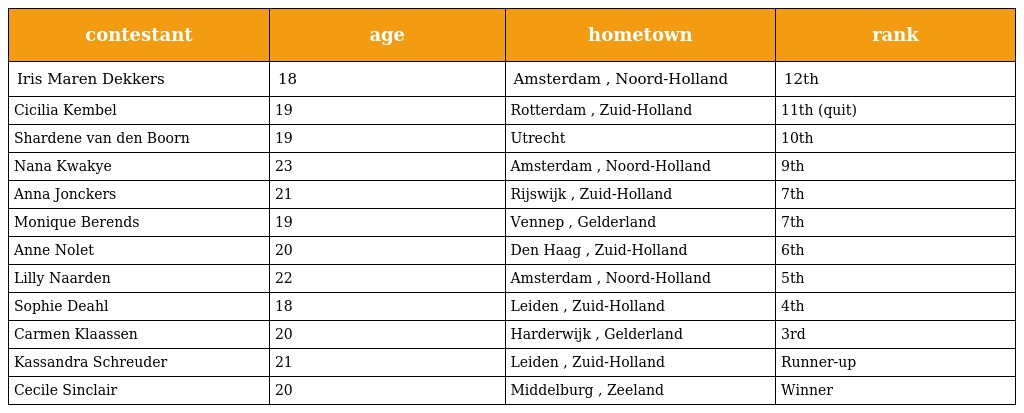
| contestant | age | hometown | rank |
 | --- | --- | --- | --- |
 | Iris Maren Dekkers | 18 | Amsterdam , Noord-Holland | 12th |
 | Cicilia Kembel | 19 | Rotterdam , Zuid-Holland | 11th (quit) |
 | Shardene van den Boorn | 19 | Utrecht | 10th |
 | Nana Kwakye | 23 | Amsterdam , Noord-Holland | 9th |
 | Anna Jonckers | 21 | Rijswijk , Zuid-Holland | 7th |
 | Monique Berends | 19 | Vennep , Gelderland | 7th |
 | Anne Nolet | 20 | Den Haag , Zuid-Holland | 6th |
 | Lilly Naarden | 22 | Amsterdam , Noord-Holland | 5th |
 | Sophie Deahl | 18 | Leiden , Zuid-Holland | 4th |
 | Carmen Klaassen | 20 | Harderwijk , Gelderland | 3rd |
 | Kassandra Schreuder | 21 | Leiden , Zuid-Holland | Runner-up |
 | Cecile Sinclair | 20 | Middelburg , Zeeland | Winner |